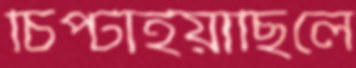
চিপ্‌টাইয়াছিলে